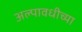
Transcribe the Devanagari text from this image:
अल्पावधीच्या